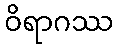
ဝိရာဂဿ